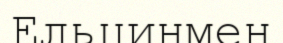
Ельцинмен